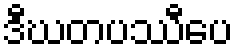
ဒီဃတပဿီပေ